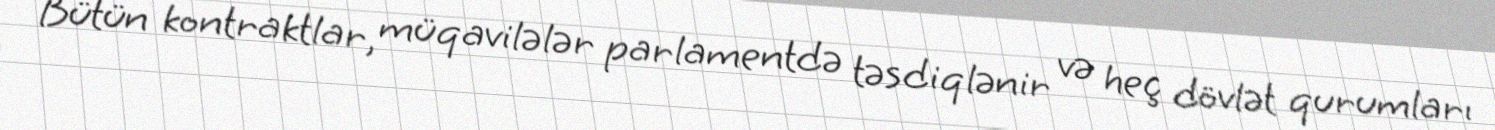
Bütün kontraktlar, müqavilələr parlamentdə təsdiqlənir və heç dövlət qurumları